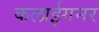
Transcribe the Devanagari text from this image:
कलाईगनर